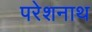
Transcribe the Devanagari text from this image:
परेशनाथ